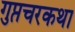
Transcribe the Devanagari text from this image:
गुप्तचरकथा